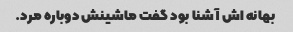
بهانه اش آشنا بود گفت ماشینش دوباره مرد.